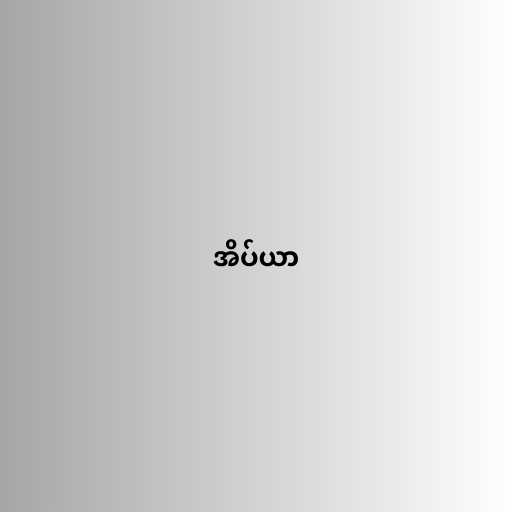
အိပ်ယာ